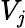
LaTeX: V_{\mathit{j}}